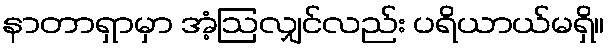
နာတာရှာမှာ အံ့ဩလျှင်လည်း ပရိယာယ်မရှိ။